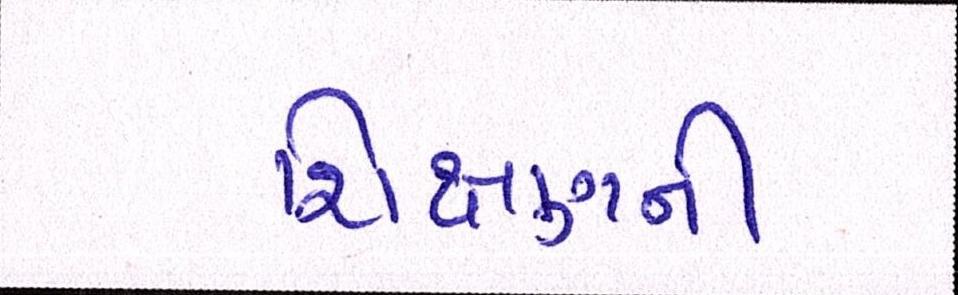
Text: શિક્ષણની